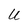
Character: U